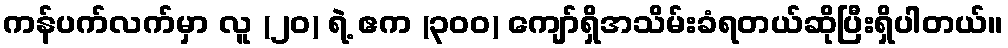
ကန်ပက်လက်မှာ လူ (၂၀) ရဲ့ ဧက (၃၀၀) ကျော်ရှိအသိမ်းခံရတယ်ဆိုပြီးရှိပါတယ်။